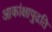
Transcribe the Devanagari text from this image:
आकांक्षापुढति